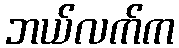
ဘယ်လက်က